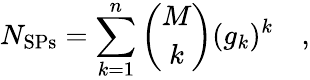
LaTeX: N_{\mathrm{{SPs}}}=\sum_{k=1}^{n}{\binom{M}{k}}(g_{k})^{k}\quad,